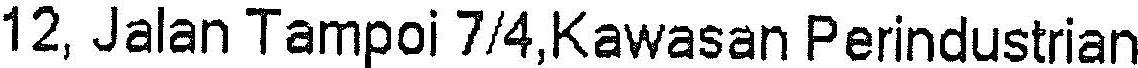
12, JALAN TAMPOI 7/4,KAWASAN PERINDUSTRIAN